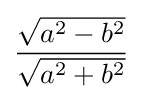
{\frac {\sqrt {a^{2}-b^{2}}}{\sqrt {a^{2}+b^{2}}}}